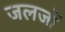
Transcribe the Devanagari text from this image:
जलजों